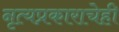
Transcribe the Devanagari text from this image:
नृत्यप्रकाराचेही